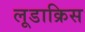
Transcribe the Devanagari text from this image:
लूडाक्रिस